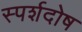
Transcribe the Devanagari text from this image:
स्पर्शदोष